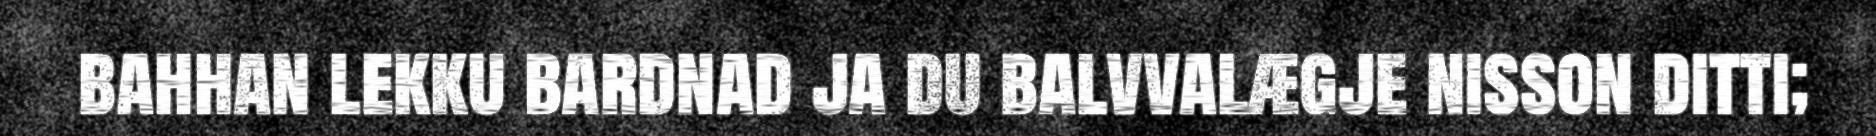
bahhan lekku bardnad ja du balvvalægje nisson ditti;